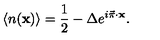
\langle { n } ( { \bf x } ) \rangle = { \frac { 1 } { 2 } } - \Delta e ^ { i \vec { \pi } \cdot { \bf x } } .